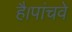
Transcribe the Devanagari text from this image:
है।पांचवे